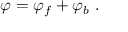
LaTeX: \varphi = \varphi _ { f } + \varphi _ { b } \ .